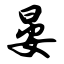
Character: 晏